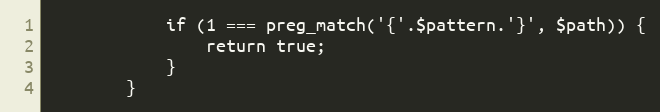
Language: PHP
            if (1 === preg_match('{'.$pattern.'}', $path)) {
                return true;
            }
        }